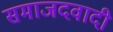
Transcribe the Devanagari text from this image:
समाजदवादी